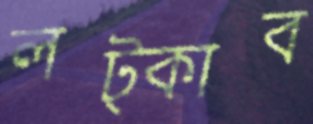
লট্‌কাব